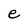
Character: e